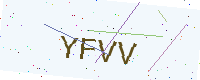
Text: YFVV